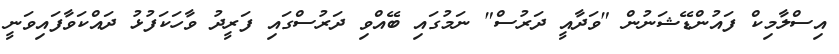
އިސްލާމިކް ފައުންޑޭޝަނުން "ވަދާއީ ދަރުސް" ނަމުގައި ބޭއްވި ދަރުސްގައި ފަރީދު ވާހަކަފުޅު ދައްކަވާފައިވަނީ